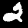
Label: 2